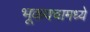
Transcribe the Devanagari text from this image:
भूकवचामध्ये